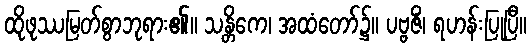
ထိုဖုဿမြတ်စွာဘုရား၏။ သန္တိကေ၊ အထံတော်၌။ ပဗ္ဗဇိံ၊ ရဟန်းပြုပြီ။